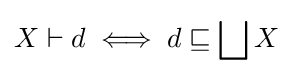
X\vdash d\iff d\sqsubseteq \bigsqcup X